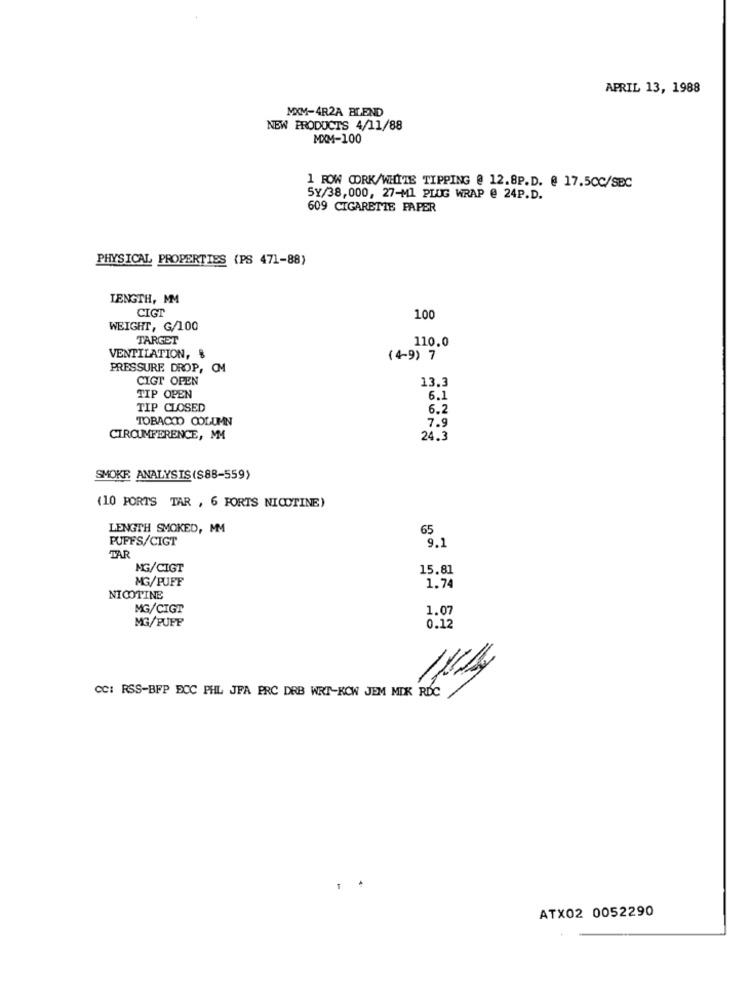
APRIL 13, 1988
MXM-4R2A BLEND
NEW PRODUCTS 4/11/88
MXM-100
1 ROW CORK/WHITE TIPPING @ 12.8P.D. @ 17.5CC/SEC
SY/38,000, 27-MI PLUG WRAP @ 24P.D.
609 CIGARETTE PAPER
PHYSICAL PROPERTIES (PS 471-88)
LENGTH, MM
CIGT
100
WEIGHT, G/100
TARGET
110.0
VENTILATION, $
(4-9) 7
PRESSURE DROP, OM
CIGT OPEN
13.3
TIP OPEN
6.1
TIP CLOSED
6.2
TOBACCO COLUMN
7.9
CIRCUMFERENCE, MM
24.3
SMOKE ANALYSIS(S88-559)
(10 PORTS TAR , 6 FORTS NICOTINE)
LENGTH SMOKED, MM
65
PUFFS/CIGT
9.1
TAR
MG/CIGT
15.81
MG/PUFF
1.74
NICOTINE
MG/CIGT
1.07
MG/PUFF
0.12
CC: RSS-BFP ECC PHL JFA PRC DRB WRT-KOW JEM MDK RDC
ATX02 0052290